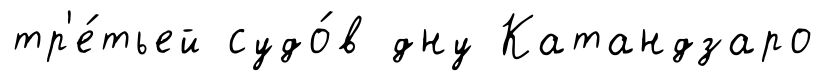
тр'е́тьей судо́в дну Катандзаро